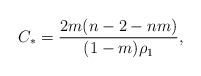
LaTeX: \begin{align*}C_{\ast}=\frac{2m(n-2-nm)}{(1-m)\rho_1},\end{align*}